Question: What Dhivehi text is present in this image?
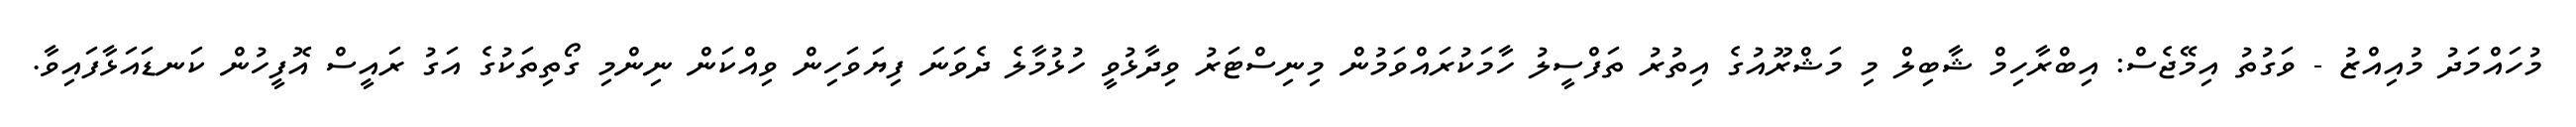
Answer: މުހައްމަދު މުއިއްޒު - ވަގުތު އިމޭޖެސް: އިބްރާހިމް ޝާބިލް މި މަޝްރޫއުގެ އިތުރު ތަފްސީލު ހާމަކުރައްވަމުން މިނިސްޓަރު ވިދާޅުވީ ހުޅުމާލެ ދެވަނަ ފިޔަވަހިން ވިއްކަން ނިންމި ގޯތިތަކުގެ އަގު ރައީސް އޮފީހުން ކަނޑައަޅާފައިވާ.